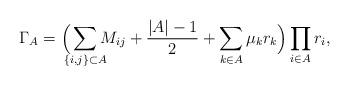
LaTeX: \begin{align*}\Gamma_{A}=\Big(\smashoperator{\sum_{\{i,j\}\subset A}} M_{ij}+\frac{|A|-1}{2}+\sum_{k\in A}\mu_k r_k\Big) \prod_{i\in A} r_i,\end{align*}